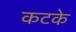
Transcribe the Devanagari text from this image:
कटके